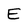
Character: E